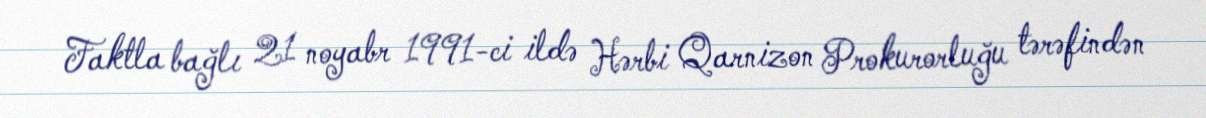
Faktla bağlı 21 noyabr 1991-ci ildə Hərbi Qarnizon Prokurorluğu tərəfindən